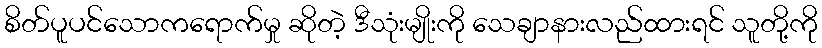
စိတ်ပူပင်သောကရောက်မှု ဆိုတဲ့ ဒီသုံးမျိုးကို သေချာနားလည်ထားရင် သူတို့ကို